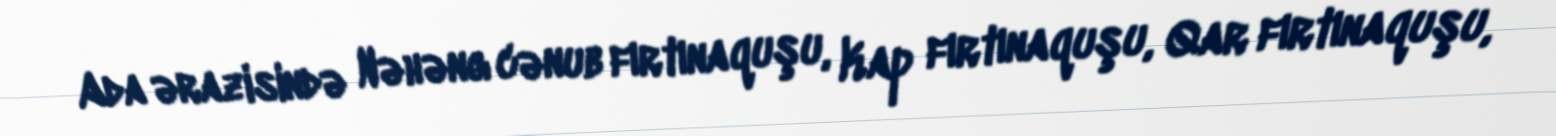
Ada ərazisində Nəhəng cənub fırtınaquşu, Kap fırtınaquşu, Qar fırtınaquşu,